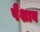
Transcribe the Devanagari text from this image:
पैशाब